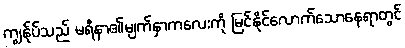
ကျွန်ုပ်သည် မရီနာ၏မျက်နှာကလေးကို မြင်နိုင်လောက်သောနေရာတွင်